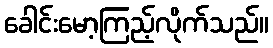
ခေါင်းမော့ကြည့်လိုက်သည်။